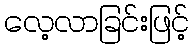
လေ့လာခြင်းဖြင့်